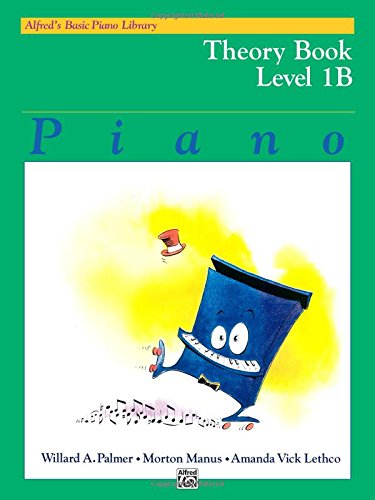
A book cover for Alfred's Basic Piano Library: Theory Book Level 1B; Willard Palmer; Humor & Entertainment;